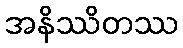
အနိဿိတဿ